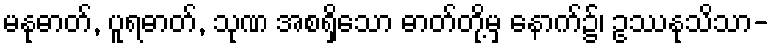
မနုဓာတ်, ပူရဓာတ်, သုဏ အစရှိသော ဓာတ်တို့မှ နောက်၌၊ ဥဿနုသိသာ-